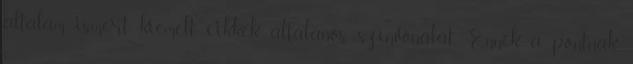
általam ismert kiemelt cikkek általános színvonalát. Ennek a pontnak